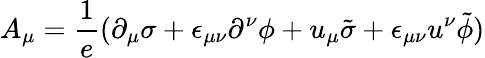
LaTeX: A_{\mu}={\frac{1}{e}}(\partial_{\mu}\sigma+\epsilon_{\mu\nu}\partial^{\nu}\phi+u_{\mu}\tilde{\sigma}+\epsilon_{\mu\nu}u^{\nu}\tilde{\phi})